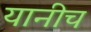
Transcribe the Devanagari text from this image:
यानीच